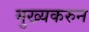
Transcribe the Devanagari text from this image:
मुख्यकरुन